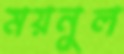
ময়নুল